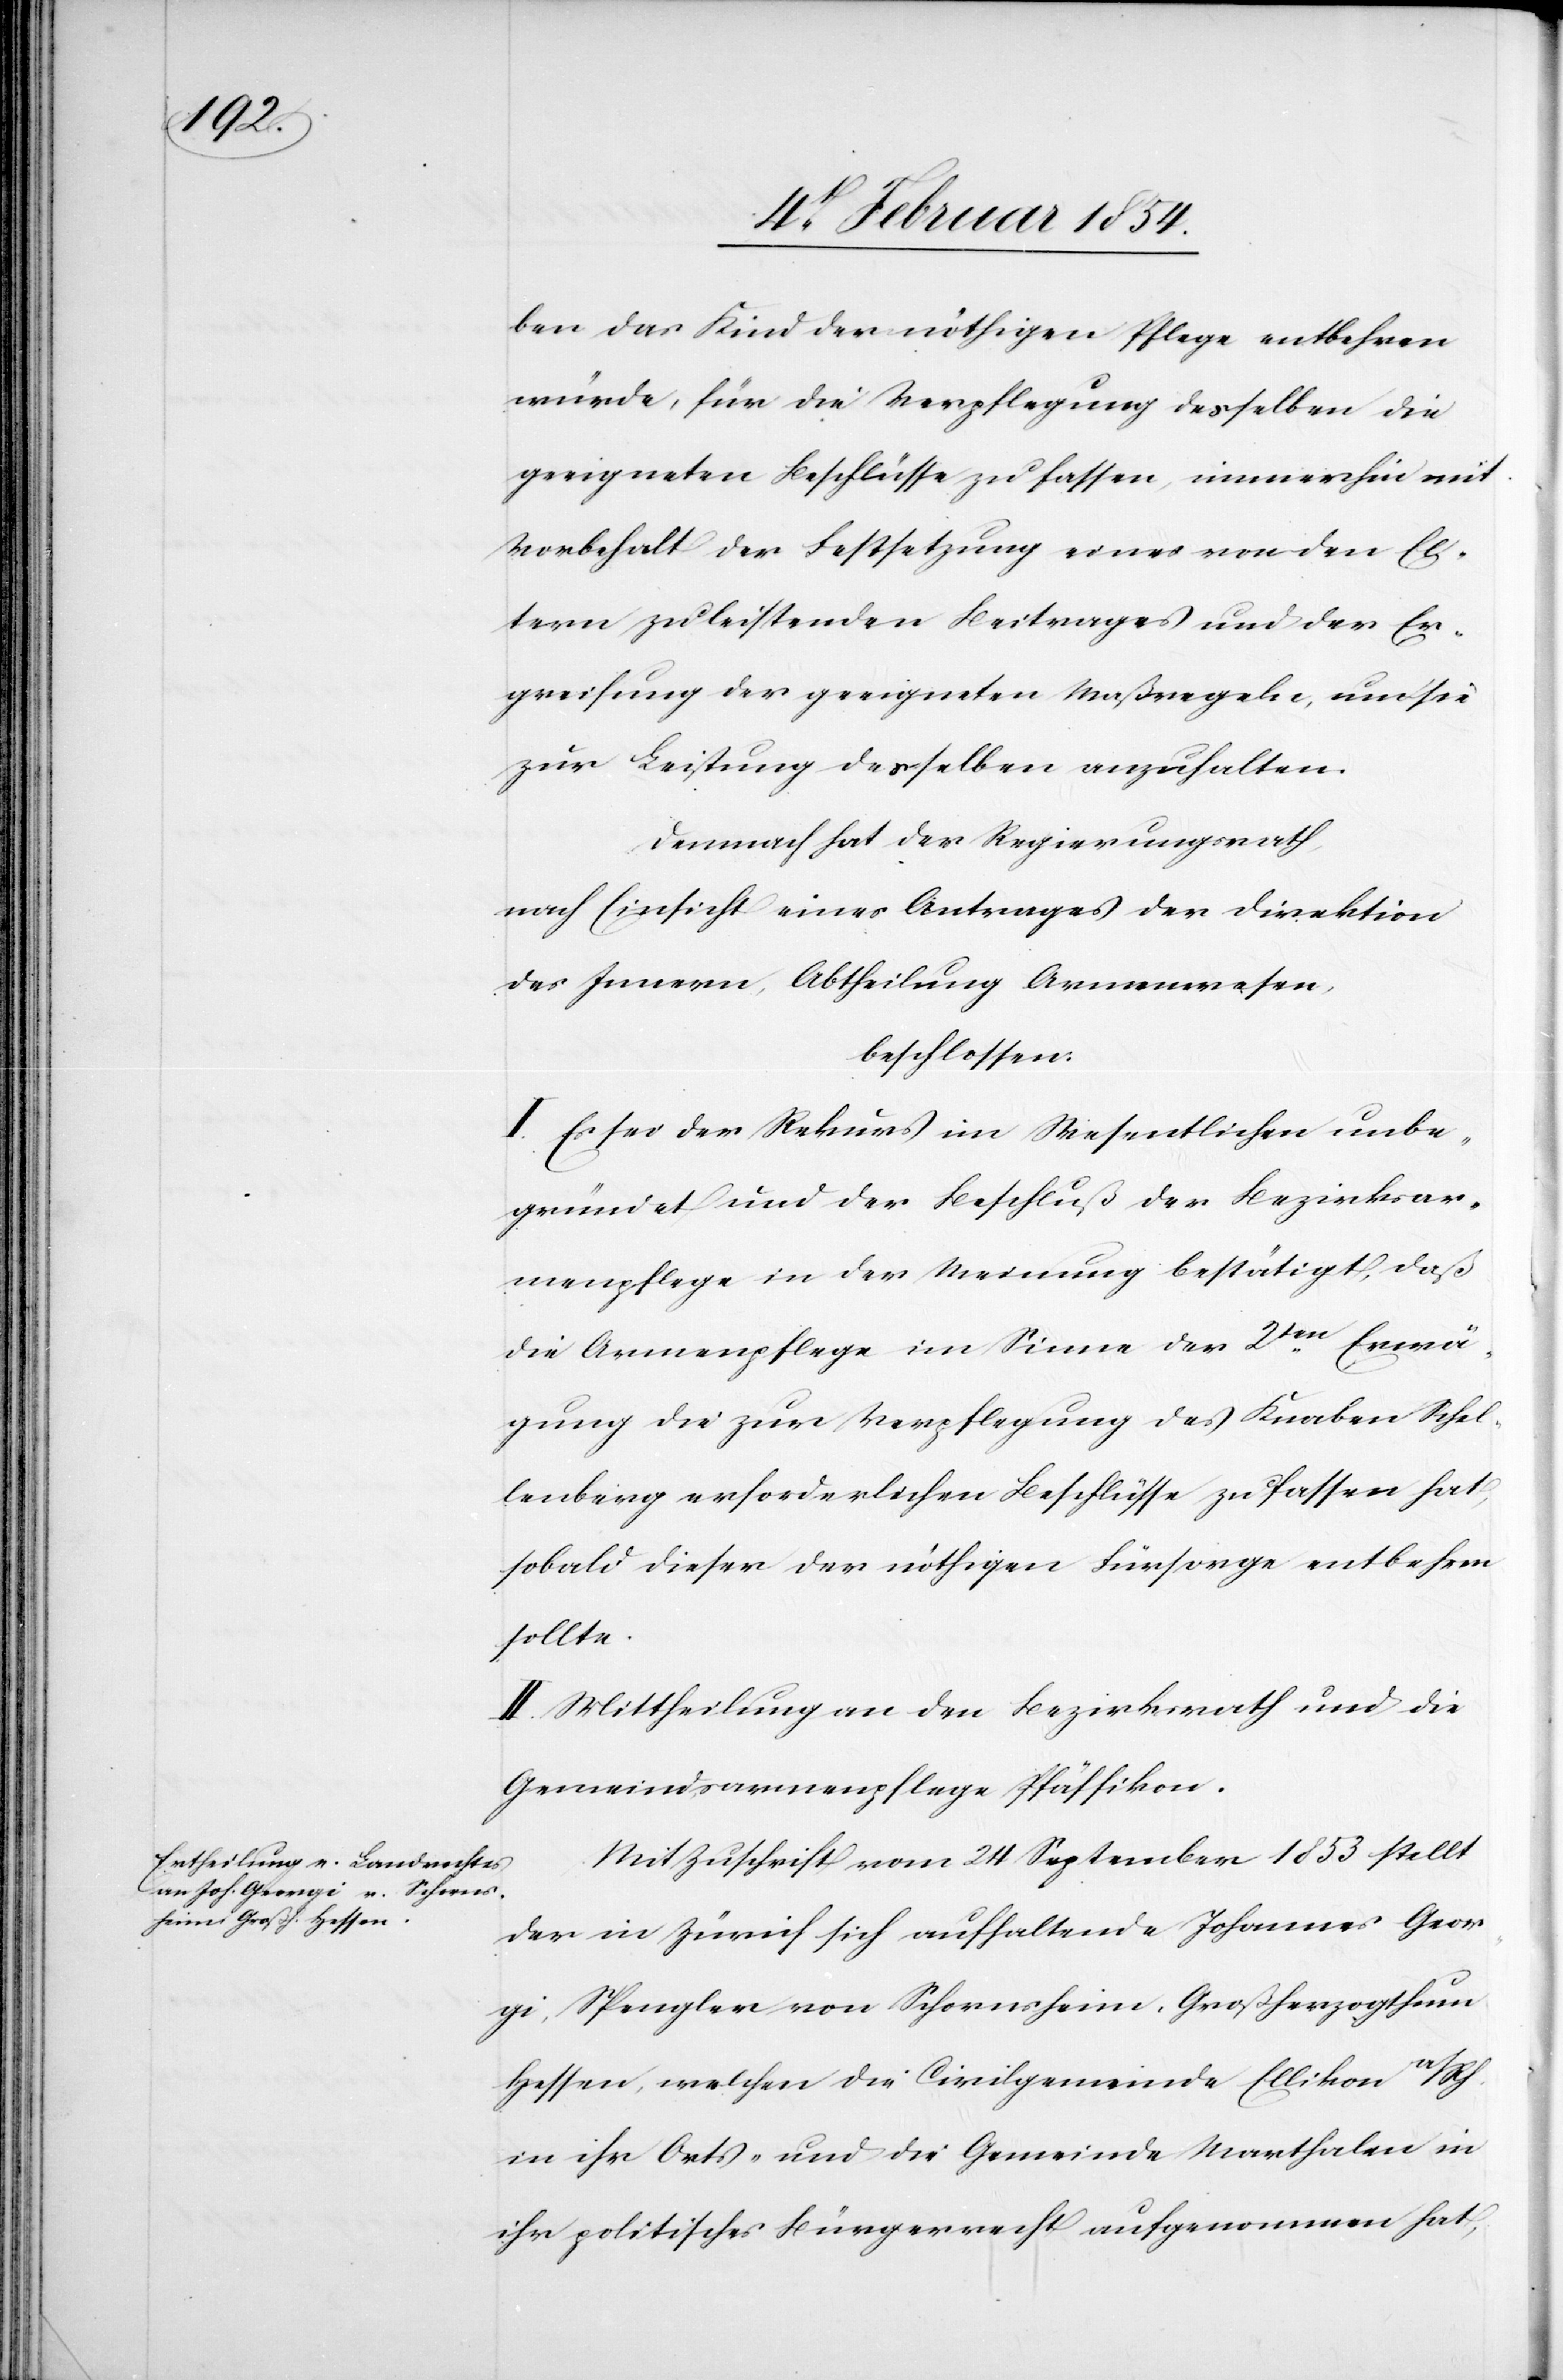
ben das Kind der nöthigen Pflege entbehren
würde, für die Verpflegung desselben die
geeigneten Beschlüsse zu fassen, immerhin mit
Vorbehalt der Festsetzung eines von den El¬
tern zu leistenden Beitrages und der Er¬
greifung der geeigneten Maßregeln, um sie
zur Leistung desselben anzuhalten.
Demnach hat der Regierungsrath,
nach Einsicht eines Antrages der Direktion
des Innern, Abtheilung Armenwesen,
beschlossen:
I. Es sei der Rekurs im Wesentlichen unbe¬
gründet und der Beschluß der Bezirksar¬
menpflege in der Meinung bestätigt, daß
die Armenpflege im Sinne der 2ten Erwä¬
gung die zur Verpflegung des Knaben Schel¬
lenberg erforderlichen Beschlüsse zu fassen hat,
sobald dieser der nöthigen Fürsorge entbehren
sollte.
II. Mittheilung an den Bezirksrath und die
Gemeindsarmenpflege Pfäffikon.
Mit Zuschrift vom 24 Dezember 1853 stellt
der in Zürich sich aufhaltende Johannes Geor¬
gi, Spengler von Schornsheim, Großherzogthum
Hesse, welchen die Civilgemeinde Ellikon a/Rh.
in ihr Orts- und die Gemeinde Marthalen in
ihr politisches Bürgerrecht aufgenommen hat,